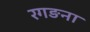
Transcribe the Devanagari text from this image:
रगङना